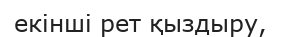
екінші рет қыздыру,